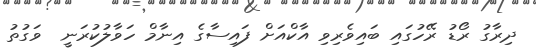
ދިރާގު ރޯޑު ރޭހުގައި ބައިވެރިވި އާކްއަށް ފައިސާގެ އިނާމް ހަވާލުކުރަނީ  ވަގުތު